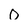
Character: 0